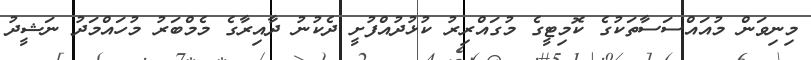
މިނިވަން މުއައްސަސާތަކުގެ ކޮމިޓީގެ މުގައްރިރު ކުޅުދުއްފުށީ ދެކުނު ދާއިރާގެ މެމްބަރު މުހައްމަދު ނަޝީދު